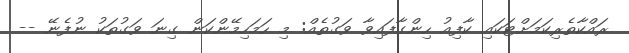
ރައްކާތެރިކަމަށްޓަކައި ކާފިއު ހިންގާފައިވާ ވަގުތެއް: މި ހަމަހިމޭންކަން ގިނަ ވަގުތަކު ނުފެނޭ --